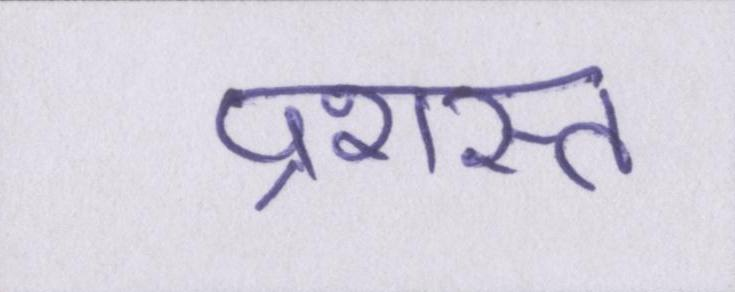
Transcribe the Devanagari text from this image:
प्रशस्त